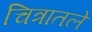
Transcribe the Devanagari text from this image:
चित्रातले